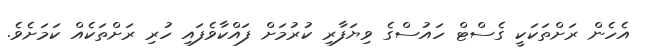
އެހެން ރަށްތަކަކީ ގެސްޓް ހައުސްގެ ވިޔަފާރި ކުރުމަށް ފައްކާވެފައި ހުރި ރަށްތަކެއް ކަމަށެވެ.